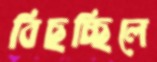
বিছচ্ছিলে